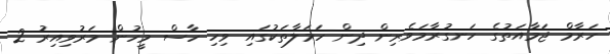
ހަރާމް ޖަމާއަތުގެ ހަނގުރާމަވެރިން ދިން ހަމަލާތަކުގައި ވިހި ހާސް މީހުން މަރުވިއިރު 2